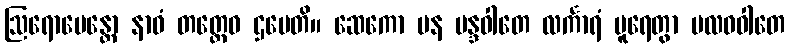
ဩရောပေန္တော နာဝံ တတ္ထေဝ ဌပေတိ။ ဆေကော ပန မန္ဒဝါတေ လင်္ကာရံ ပူရေတွာ ဗလဝဝါတေ